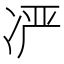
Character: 𫥍